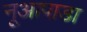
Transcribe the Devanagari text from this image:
नूआपाडा